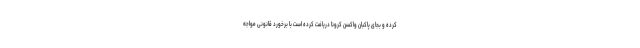
کرده و بجای پاکبان واکسن کرونا دریافت کرده است با برخورد قانونی مواجه